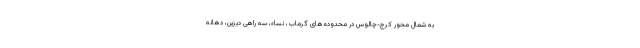
به شمال محور کرج-چالوس در محدوده‌های گرماب، نساء، سه راهی دیزین، دهانه